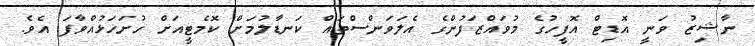
ނާޝިޒު ވަނީ އޮޑިޓް އޮފީހުގެ މުވައްޒަފުންގެ އެލަވަންސްތައް ކަނޑާލުމަށް ކޮމެޓީއަށް ހުށަހަޅުއްވާފަ އެވެ.